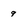
Character: 9